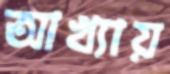
আখ্যায়